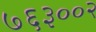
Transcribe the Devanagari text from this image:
७६३००२